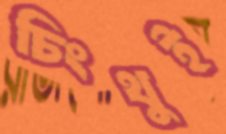
চিংথুই